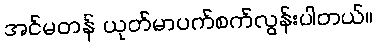
အင်မတန် ယုတ်မာပက်စက်လွန်းပါတယ်။